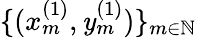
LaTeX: \{ (x_{m}^{(1)},\mathit{y}_{m}^{(1)})\} _{m\in\mathbb{{N}}}